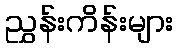
ညွှန်းကိန်းများ